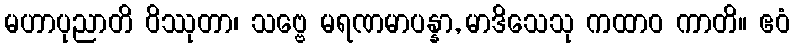
မဟာပုညာတိ ဝိဿုတာ၊ သဗ္ဗေ မရဏမာပန္နာ, မာဒိသေသု ကထာဝ ကာတိ။ ဧဝံ